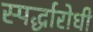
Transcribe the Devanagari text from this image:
स्पर्द्धारोधी